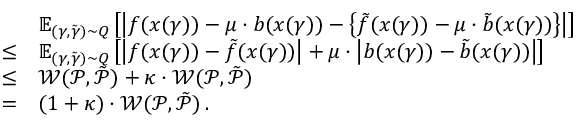
\begin{array} { r l } & { \mathbb { E } _ { ( \gamma , \tilde { \gamma } ) \sim Q } \left[ \left| f ( x ( \gamma ) ) - \mu \cdot b ( x ( \gamma ) ) - \left\{ \tilde { f } ( x ( \gamma ) ) - \mu \cdot \tilde { b } ( x ( \gamma ) ) \right\} \right| \right] } \\ { \leq } & { \mathbb { E } _ { ( \gamma , \tilde { \gamma } ) \sim Q } \left[ \left| f ( x ( \gamma ) ) - \tilde { f } ( x ( \gamma ) ) \right| + \mu \cdot \left| b ( x ( \gamma ) ) - \tilde { b } ( x ( \gamma ) ) \right| \right] } \\ { \leq } & { \mathcal { W } ( \mathcal { P } , \tilde { \mathcal { P } } ) + \kappa \cdot \mathcal { W } ( \mathcal { P } , \tilde { \mathcal { P } } ) } \\ { = } & { ( 1 + \kappa ) \cdot \mathcal { W } ( \mathcal { P } , \tilde { \mathcal { P } } ) \, . } \end{array}